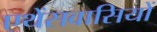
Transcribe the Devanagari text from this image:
एथेंसवासियों